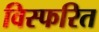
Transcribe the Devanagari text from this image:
विस्फरित